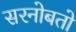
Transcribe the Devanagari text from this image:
सरनोबतो